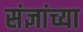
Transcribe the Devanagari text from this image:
संज्ञांच्या